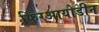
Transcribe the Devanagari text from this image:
फिरआयोडीन